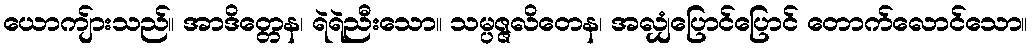
ယောကျ်ားသည်။ အာဒိတ္တေန၊ ရဲရဲညီးသော။ သမ္ပဇ္ဇလိတေန၊ အလျှံပြောင်ပြောင် တောက်လောင်သော။